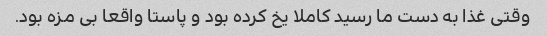
وقتی غذا به دست ما رسید کاملا یخ کرده بود و پاستا واقعا بی مزه بود.